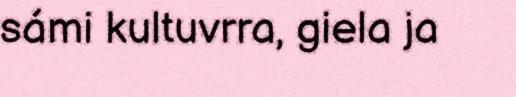
sámi kultuvrra, giela ja